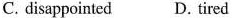
C. disappointed D. tired